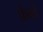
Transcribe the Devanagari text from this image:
फ्रेंकों